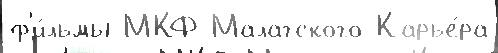
ф'и́льмы МКФ Малагского Карье́ра